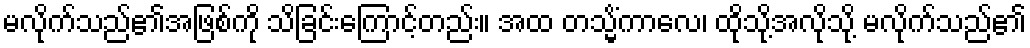
မလိုက်သည်၏အဖြစ်ကို သိခြင်းကြောင့်တည်း။ အထ တသ္မိံကာလေ၊ ထိုသို့အလိုသို့ မလိုက်သည်၏